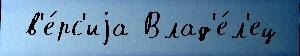
 в'е́рс'иjа Влад'е́л'ец